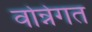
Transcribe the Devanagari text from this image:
वोन्नेगत